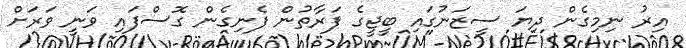
އިރު ނިމިގެން ދިޔަ ސީޒަނުގައި ބީޖީގެ ފަރާތުން ފެނިގެން ގޮސްފައި ވަނީ ވަރަށް